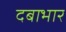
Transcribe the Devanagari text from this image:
दबाभार